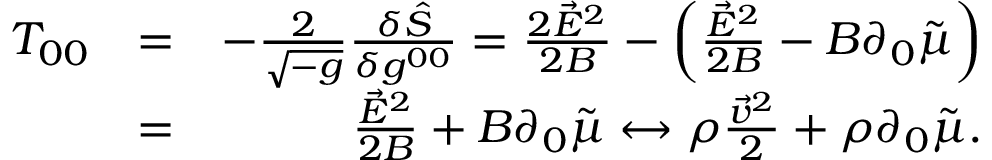
\begin{array} { r l r } { T _ { 0 0 } } & { = } & { - \frac { 2 } { \sqrt { - g } } \frac { \delta \hat { S } } { \delta g ^ { 0 0 } } = \frac { 2 \vec { E } ^ { 2 } } { 2 B } - \left( \frac { \vec { E } ^ { 2 } } { 2 B } - B \partial _ { 0 } \tilde { \mu } \right) } \\ & { = } & { \frac { \vec { E } ^ { 2 } } { 2 B } + B \partial _ { 0 } \tilde { \mu } \leftrightarrow \rho \frac { \vec { v } ^ { 2 } } { 2 } + \rho \partial _ { 0 } \tilde { \mu } . } \end{array}